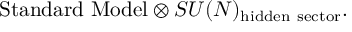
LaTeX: \mathrm { S t a n d a r d \ M o d e l } \otimes S U ( N ) _ { \mathrm { h i d d e n \ s e c t o r } } .